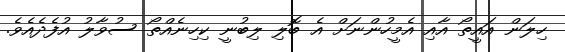
ހިލަން އައީތޯ އާއި އެމީހުންނަށް އެ ބޮލި ލިބުނީ ކިހިނެއްތޯ ސުވާލު އުފެދެއެވެ.